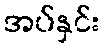
အပ်နှင်း